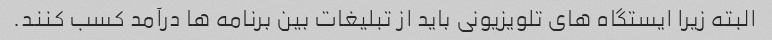
البته زیرا ایستگاه های تلویزیونی باید از تبلیغات بین برنامه ها درآمد کسب کنند.